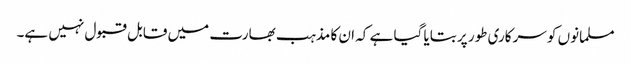
مسلمانوں کو سرکاری طور پر بتایا گیا ہے کہ ان کا مذہب بھارت میں قابل قبول نہیں ہے۔